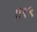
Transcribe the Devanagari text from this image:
॥१९